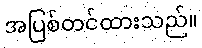
အပြစ်တင်ထားသည်။